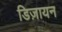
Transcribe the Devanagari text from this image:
डिज़ायन